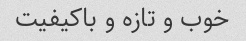
خوب و تازه و باکیفیت